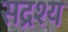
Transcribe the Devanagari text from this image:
सद्रश्य